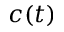
c ( t )